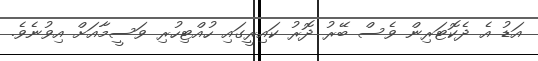
އަޑު އެ ދެކޮޓަރިން ވެސް ބޭރު ދޮރު ކައިރީގައި ހުއްޓިހުރި ވަސީމާއަށް އިވުނެވެ.